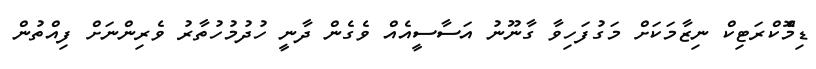
ޑިމޮްކްރަޓިކް ނިޒާމަކަށް މަގުފަހިވާ ގާނޫނު އަސާސީއެއް ވެގެން ދާނީ ހުދުމުހުތާރު ވެރިންނަށް ފިއްތުން